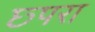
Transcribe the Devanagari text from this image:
छ्परा